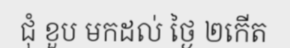
ជុំ ខួប មកដល់ ថ្ងៃ ២កើត